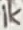
Text: 1K